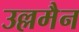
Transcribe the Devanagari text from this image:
उल्लमैन